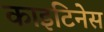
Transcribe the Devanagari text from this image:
काइटिनेस